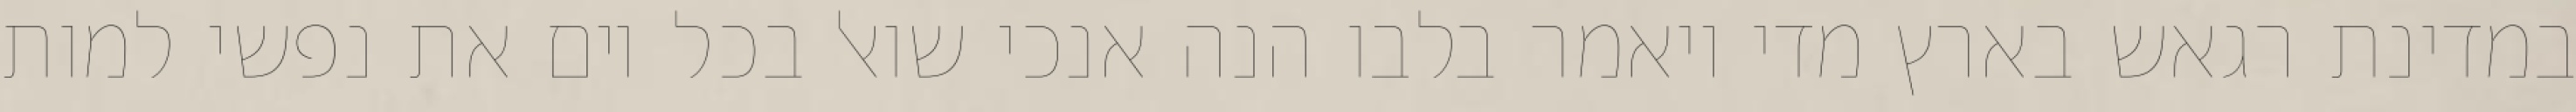
במדינת רגאש בארץ מדי ויאמר בלבו הנה אנכי שואל בכל יום את נפשי למות